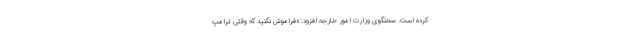
کرده است. سخنگوی وزارت امور خارجه افزود: «فراموش نکنید که وقتی ترامپ